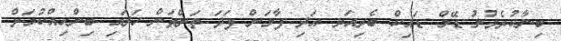
ބިނާކުރެވުނު ޑޭމް ޑައިކް ބެރިއަރ އަދި ފާލަން ފަދަ ތަންތަން ހަދައި ބިންހިއްކުމަށް